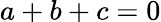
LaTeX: a+b+c=0